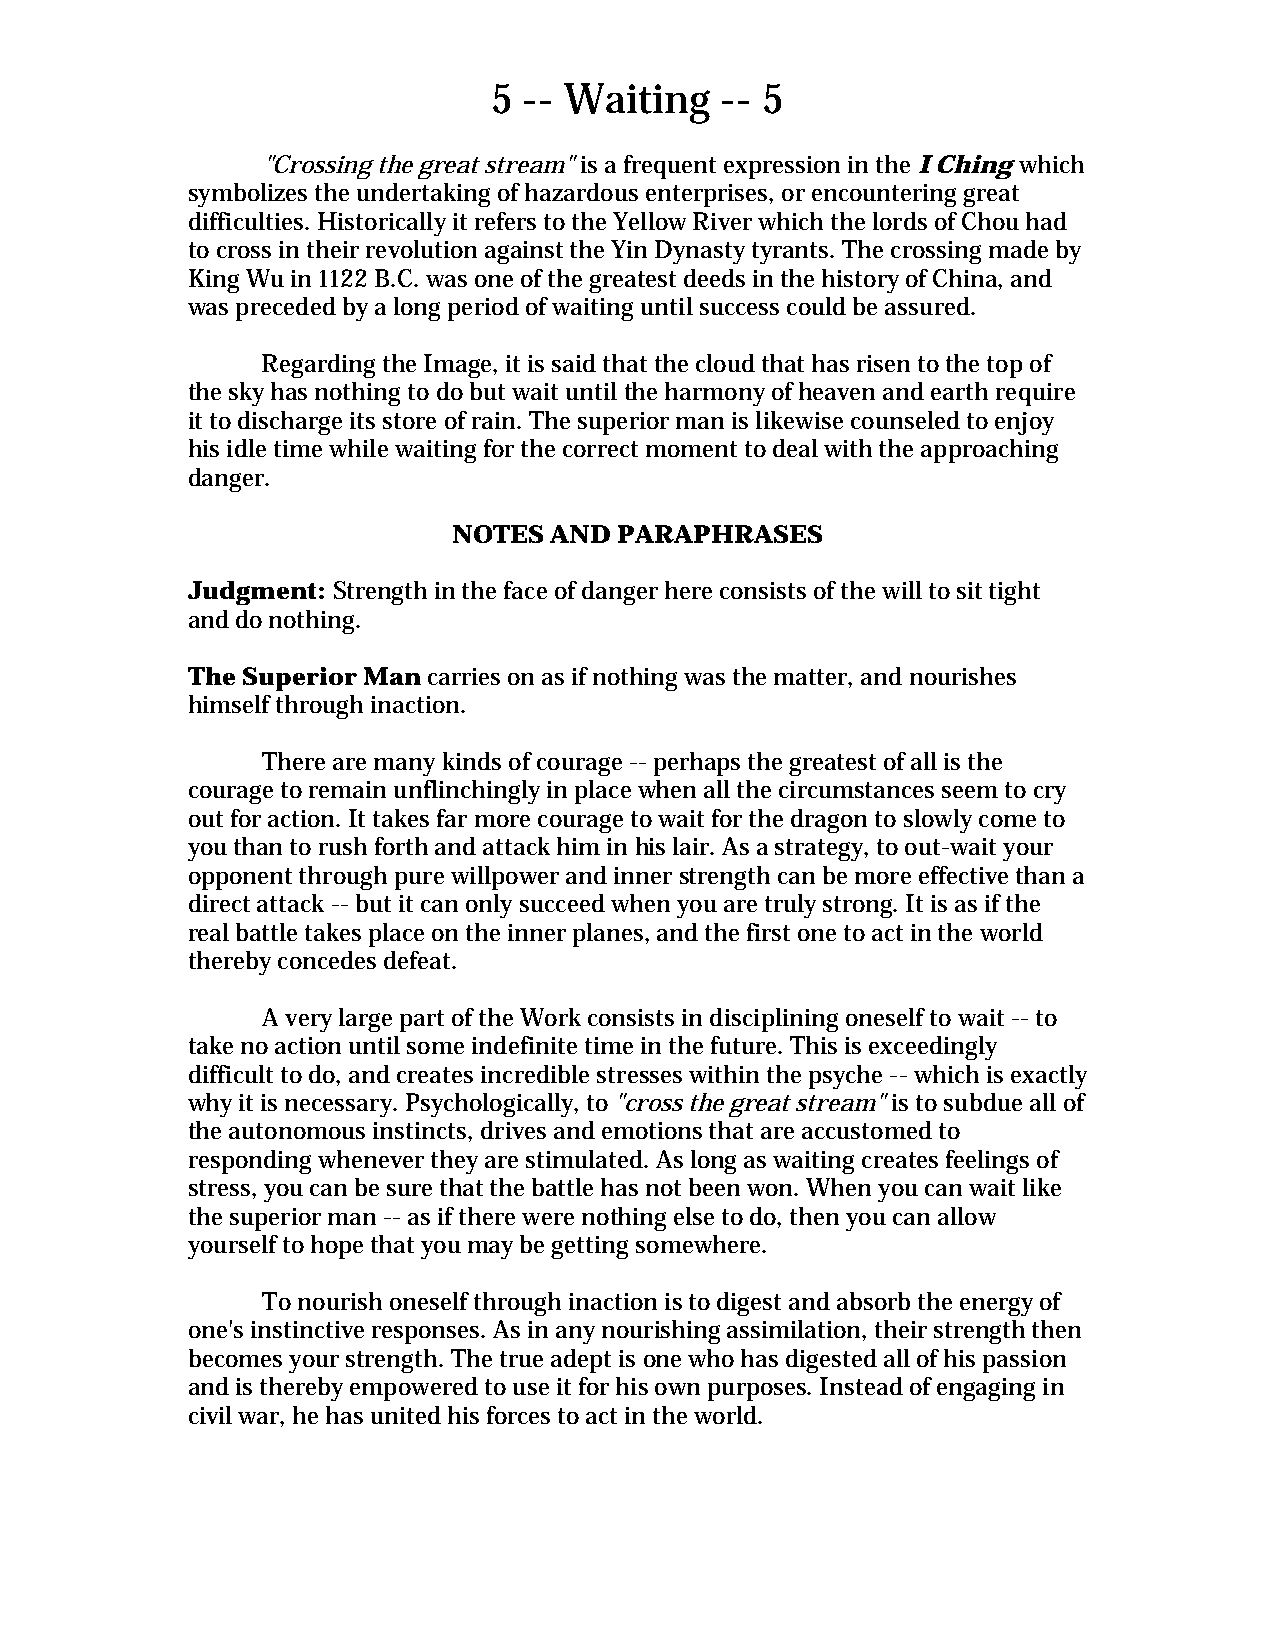
5 -- Waiting   -- 5
 "Crossing the great stream" is a frequent expression in the I Ching which
 symbolizes the undertaking of hazardous enterprises, or encountering great
 difficulties. Historically it refers to the Yellow River which the lords of Chou had
 to cross in their revolution against the Yin Dynasty tyrants. The crossing made by
 King Wu in 1122 B.C. was one of the greatest deeds in the history of China, and
 was preceded by a long period of waiting until success could be assured.
 Regarding the Image, it is said that the cloud that has risen to the top of
 the sky has nothing to do but wait until the harmony of heaven and earth require
 it to discharge its store of rain. The superior man is likewise counseled to enjoy
 his idle time while waiting for the correct moment to deal with the approaching
 danger.
 NOTES AND  PARAPHRASES
 Judgment: Strength in the face of danger here consists of the will to sit tight
 and do nothing.
 The Superior Man carries on as if nothing was the matter, and nourishes
 himself through inaction.
 There are many kinds of courage -- perhaps the greatest of all is the
 courage to remain unflinchingly in place when all the circumstances seem to cry
 out for action. It takes far more courage to wait for the dragon to slowly come to
 you than to rush forth and attack him in his lair. As a strategy, to out-wait your
 opponent through pure willpower and inner strength can be more effective than a
 direct attack -- but it can only succeed when you are truly strong. It is as if the
 real battle takes place on the inner planes, and the first one to act in the world
 thereby concedes defeat.
 A very large part of the Work consists in disciplining oneself to wait -- to
 take no action until some indefinite time in the future. This is exceedingly
 difficult to do, and creates incredible stresses within the psyche -- which is exactly
 why it is necessary. Psychologically, to "cross the great stream" is to subdue all of
 the autonomous instincts, drives and emotions that are accustomed to
 responding whenever they are stimulated. As long as waiting creates feelings of
 stress, you can be sure that the battle has not been won. When you can wait like
 the superior man -- as if there were nothing else to do, then you can allow
 yourself to hope that you may be getting somewhere.
 To nourish oneself through inaction is to digest and absorb the energy of
 one's instinctive responses. As in any nourishing assimilation, their strength then
 becomes your strength. The true adept is one who has digested all of his passion
 and is thereby empowered to use it for his own purposes. Instead of engaging in
 civil war, he has united his forces to act in the world.